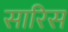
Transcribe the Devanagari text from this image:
सारिस